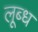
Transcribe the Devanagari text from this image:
लूब्ध